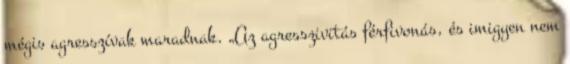
mégis agresszívak maradnak. „Az agresszivitás férfivonás, és imigyen nem